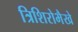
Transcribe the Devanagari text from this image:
त्रिशिरोभैखे